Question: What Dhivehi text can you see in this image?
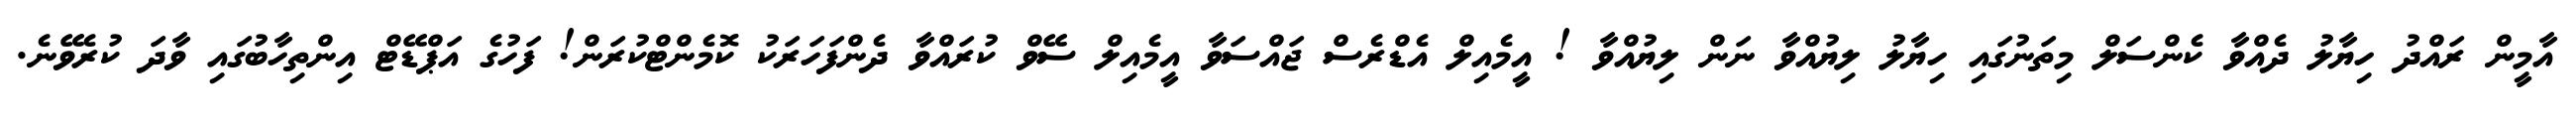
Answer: އާމީން ރައްދު ހިޔާލު ދެއްވާ ކެންސަލް މިތަނުގައި ހިޔާލު ލިޔުއްވާ ނަން ލިޔުއްވާ ! އީމެއިލް އެޑްރެސް ޖައްސަވާ އީމެއިލް ސޭވް ކުރައްވާ ދެންފަހަރަކު ކޮމެންޓްކުރަން! ފަހުގެ އަޕްޑޭޓް އިންތިހާބުގައި ވާދަ ކުރެވޭނެ.